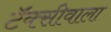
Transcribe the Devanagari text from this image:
टॅक्सीवाला